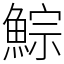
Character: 鯮